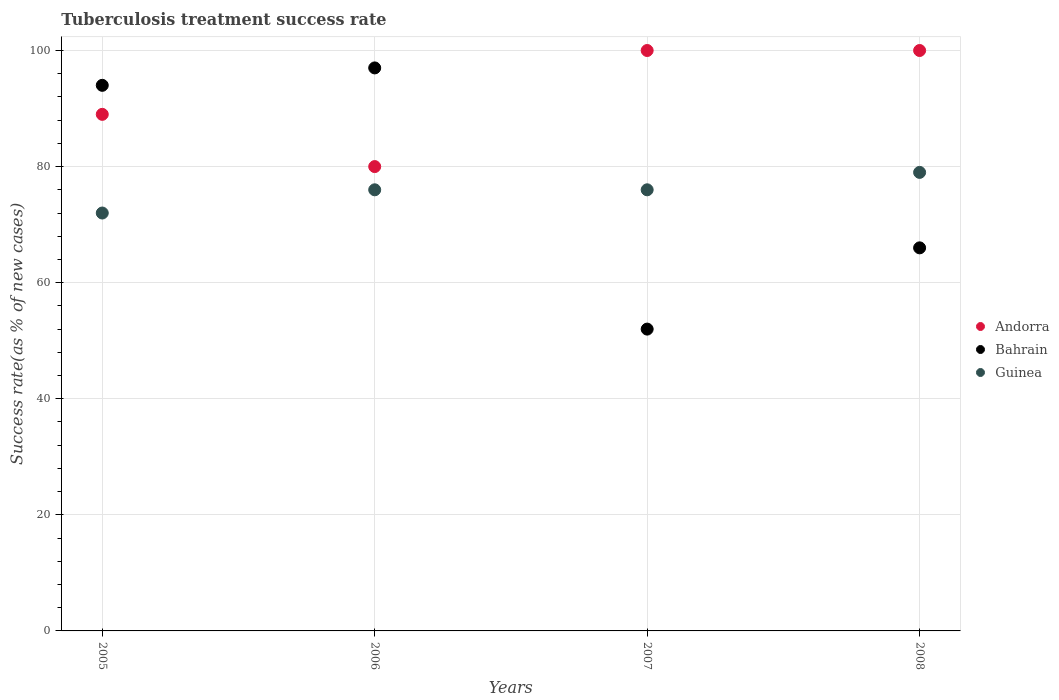
| Years | Andorra | Bahrain | Guinea |
 | --- | --- | --- | --- |
 | 2005 | 89 | 94 | 72 |
 | 2006 | 80 | 97 | 76 |
 | 2007 | 100 | 52 | 76 |
 | 2008 | 100 | 66 | 79 |